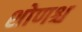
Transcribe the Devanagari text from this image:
शोणश्च